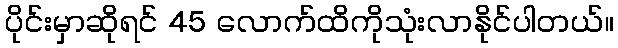
ပိုင်းမှာဆိုရင် 45 လောက်ထိကိုသုံးလာနိုင်ပါတယ်။